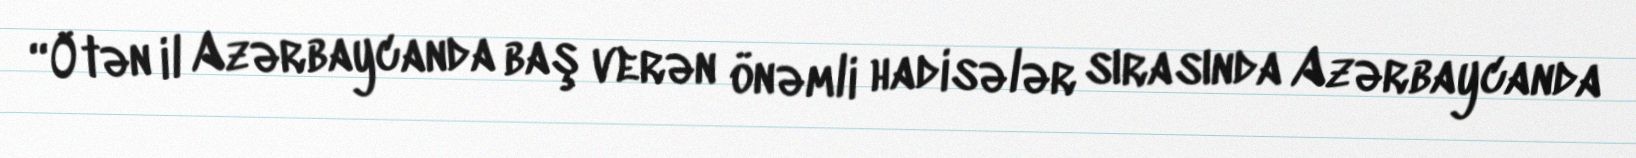
“Ötən il Azərbaycanda baş verən önəmli hadisələr sırasında Azərbaycanda